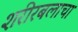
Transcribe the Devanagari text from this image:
शरीरबलाचा